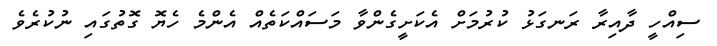
ސިއްހީ ދާއިރާ ރަނގަޅު ކުރުމަށް އެކަށީގެންވާ މަސައްކަތެއް އެންމެ ހެޔޮ ގޮތުގައި ނުކުރެވެ